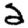
Digit: 2